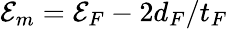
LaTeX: {\cal E}_{m}={\cal E}_{F}-2d_{F}/t_{F}